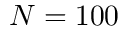
N = 1 0 0